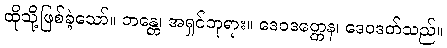
ထိုသို့ဖြစ်ခဲ့သော်။ ဘန္တေ၊ အရှင်ဘုရား။ ဒေဝဒတ္တေန၊ ဒေဝဒတ်သည်။